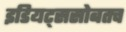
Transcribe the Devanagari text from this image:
इडियट्ससोबतच